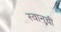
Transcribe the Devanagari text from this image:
स्वानची